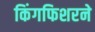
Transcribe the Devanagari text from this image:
किंगफिशरने